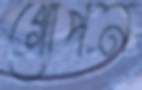
গোপন